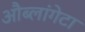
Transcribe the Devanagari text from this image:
औब्लांगेटा